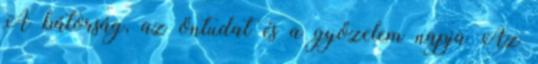
A bátorság, az öntudat és a győzelem napja Az